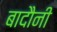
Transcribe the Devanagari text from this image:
बादौनी